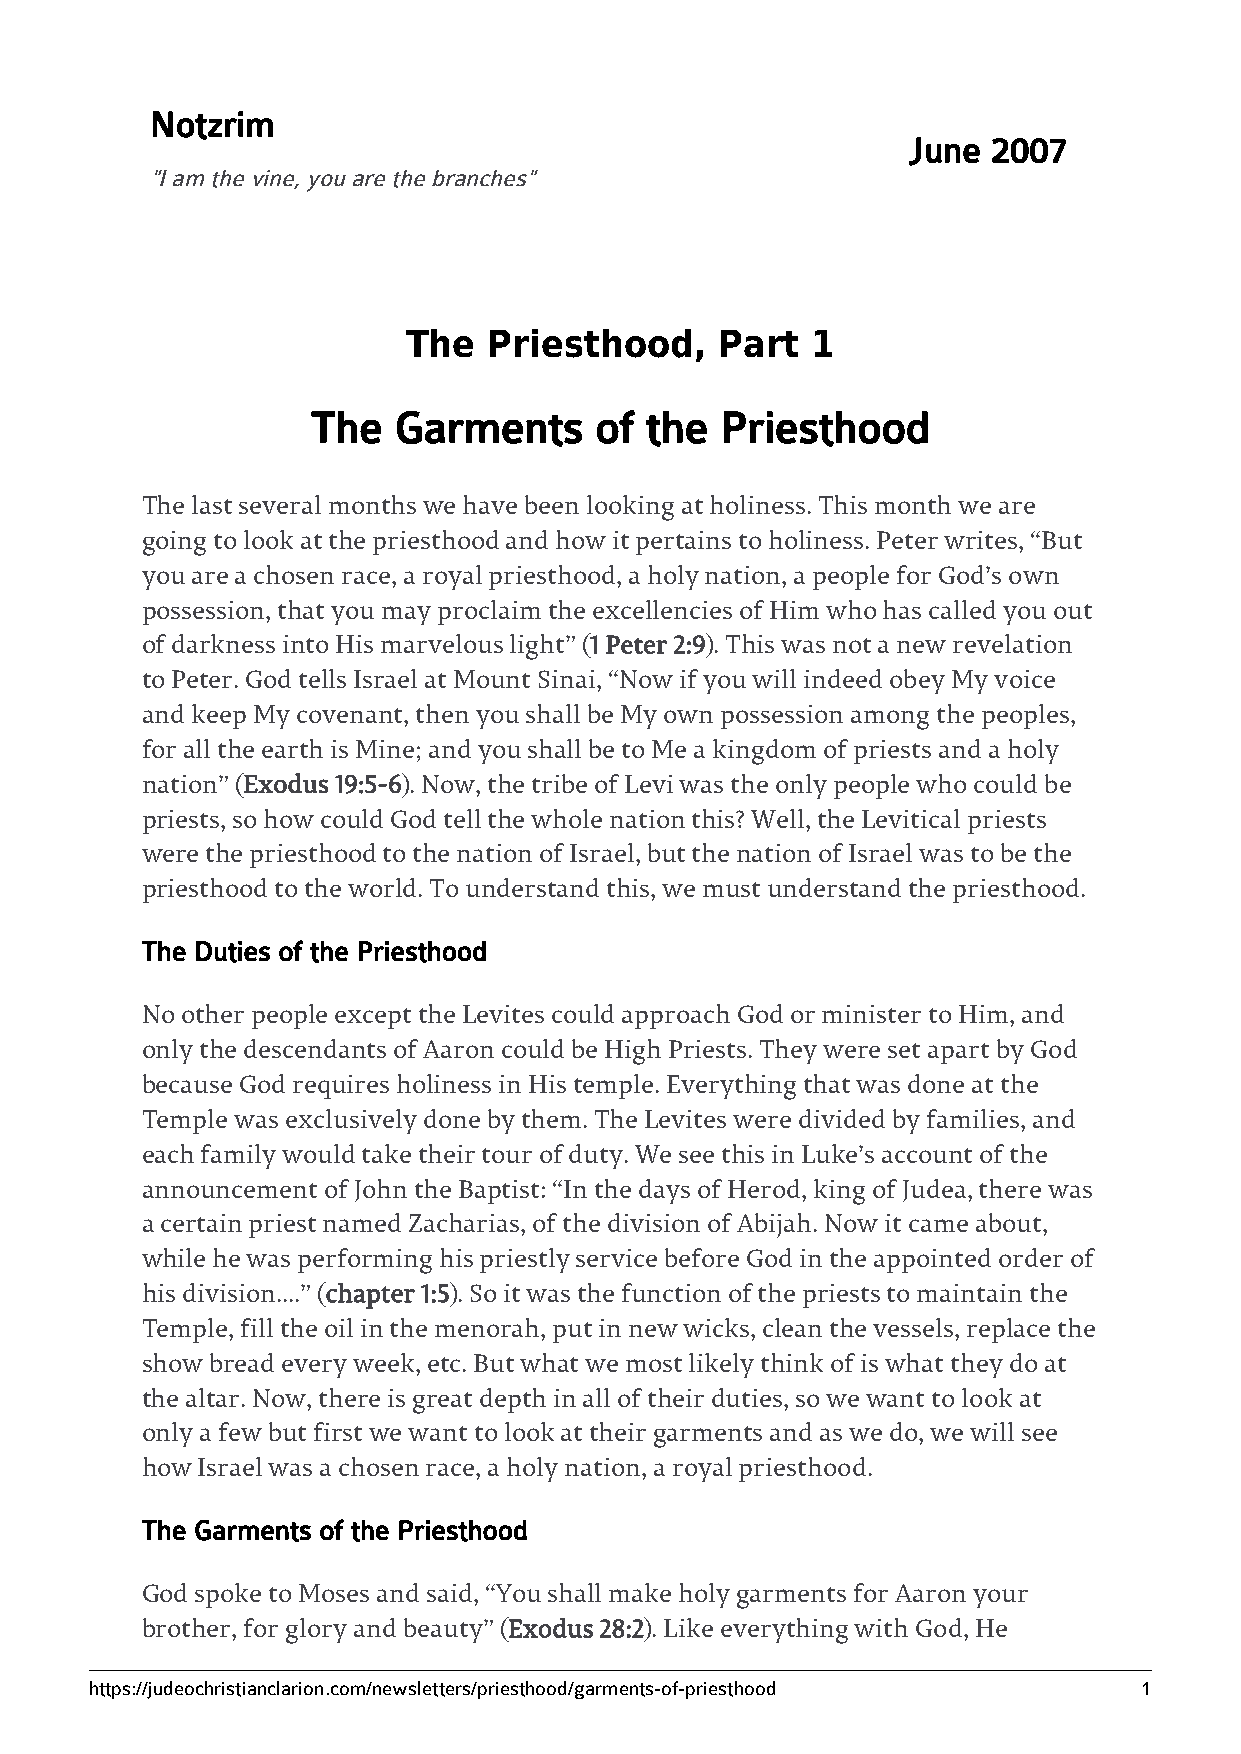
Notzrim
 June  2007
 "I am the vine, you are the branches"
 The  Priesthood,     Part  1
 The  Garments     of  the  Priesthood
 The last several months we have been looking at holiness. This month we are
 going to look at the priesthood and how it pertains to holiness. Peter writes, “But
 you are a chosen race, a royal priesthood, a holy nation, a people for God’s own
 possession, that you may proclaim the excellencies of Him who has called you out
 of darkness into His marvelous light” (1 Peter 2:9). This was not a new revelation
 to Peter. God tells Israel at Mount Sinai, “Now if you will indeed obey My voice
 and keep My covenant, then you shall be My own possession among the peoples,
 for all the earth is Mine; and you shall be to Me a kingdom of priests and a holy
 nation” (Exodus 19:5-6). Now, the tribe of Levi was the only people who could be
 priests, so how could God tell the whole nation this? Well, the Levitical priests
 were the priesthood to the nation of Israel, but the nation of Israel was to be the
 priesthood to the world. To understand this, we must understand the priesthood.
 The Duties of the Priesthood
 No other people except the Levites could approach God or minister to Him, and
 only the descendants of Aaron could be High Priests. They were set apart by God
 because God requires holiness in His temple. Everything that was done at the
 Temple was exclusively done by them. The Levites were divided by families, and
 each family would take their tour of duty. We see this in Luke’s account of the
 announcement of John the Baptist: “In the days of Herod, king of Judea, there was
 a certain priest named Zacharias, of the division of Abijah. Now it came about,
 while he was performing his priestly service before God in the appointed order of
 his division....” (chapter 1:5). So it was the function of the priests to maintain the
 Temple, fill the oil in the menorah, put in new wicks, clean the vessels, replace the
 show bread every week, etc. But what we most likely think of is what they do at
 the altar. Now, there is great depth in all of their duties, so we want to look at
 only a few but first we want to look at their garments and as we do, we will see
 how Israel was a chosen race, a holy nation, a royal priesthood.
 The Garments of the Priesthood
 God spoke to Moses and said, “You shall make holy garments for Aaron your
 brother, for glory and beauty” (Exodus 28:2). Like everything with God, He
 https://judeochristianclarion.com/newsletters/priesthood/garments-of-priesthood 1